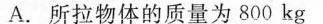
A.所拉物体的质量为800kg